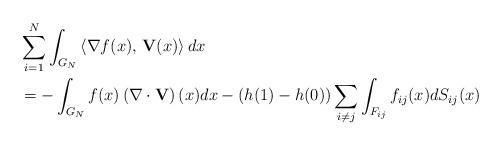
LaTeX: \begin{align*} & \sum_{i=1}^{N}\int_{G_{N}}\left\langle \nabla f(x),\,\mathbf{V}(x)\right\rangle dx\\ & =-\int_{G_{N}}f(x)\left(\nabla\cdot\mathbf{V}\right)(x)dx-(h(1)-h(0))\sum_{i\neq j}\int_{F_{ij}}f_{ij}(x)dS_{ij}(x)\end{align*}